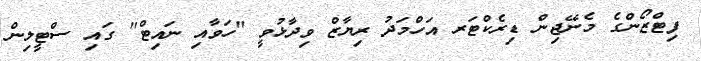
ފިޓްޒޯންގެ މެނޭޖިން ޑިރެކްޓަރ އަހްމަދު ރިޔާޒް ވިދާޅުވީ "ހަވާއި ނައިޓް" ގައި ސްޓީލިން